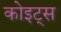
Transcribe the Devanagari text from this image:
कोइट्स